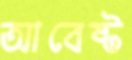
আবেষ্ট